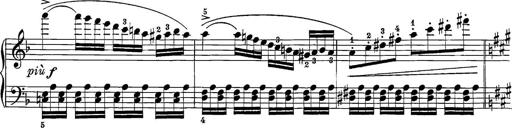
Title: 12 Sonatine per Pianoforte
Composer: Friedrich Kuhlau